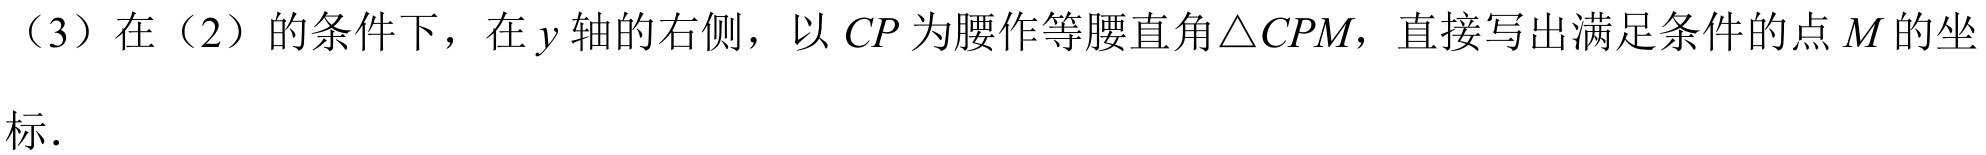
（3）在（2）的条件下，在\(y\)轴的右侧，以\(CP\)为腰作等腰直角\(\triangle CPM\)，直接写出满足条件的点\(M\)的坐标.